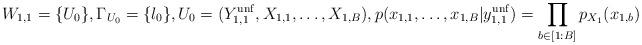
LaTeX: \begin{align*} W_{1,1}=\{U_0\}, \Gamma_{U_0}= \{l_0\}, U_0=(Y_{1,1}^{\mathrm{unf}}, X_{1,1}, \ldots, X_{1,B}), p(x_{1,1}, \ldots, x_{1,B}| y_{1,1}^{\mathrm{unf}})=\prod_{b\in [1:B]} p_{X_1}(x_{1,b}) \end{align*}